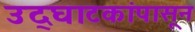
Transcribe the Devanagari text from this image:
उद्‌घाटकांपासून